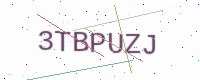
Text: 3TBPUZJ